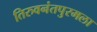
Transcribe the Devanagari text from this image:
तिरुवनंतपुरमला